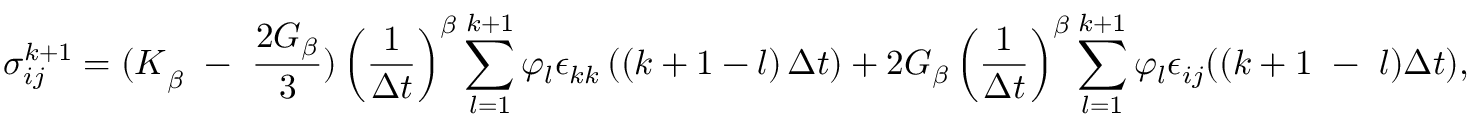
\sigma _ { i j } ^ { k + 1 } = { ( K } _ { \beta } \ - \ \frac { 2 G _ { \beta } } { 3 } ) \left( \frac { 1 } { \Delta t } \right) ^ { \beta } \sum _ { l = 1 } ^ { k + 1 } \varphi _ { l } \epsilon _ { k k } \left( \left( k + 1 - l \right) \Delta t \right) + 2 G _ { \beta } \left( \frac { 1 } { \Delta t } \right) ^ { \beta } \sum _ { l = 1 } ^ { k + 1 } \varphi _ { l } \epsilon _ { i j } ( ( k + 1 \ - \ l ) \Delta t ) ,